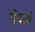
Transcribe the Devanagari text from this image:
सेफर्म